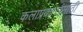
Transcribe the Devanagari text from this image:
कलाप्रकारांसाठी